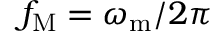
f _ { \mathrm { M } } = \omega _ { \mathrm { m } } / 2 \pi